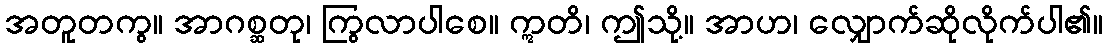
အတူတကွ။ အာဂစ္ဆတု၊ ကြွလာပါစေ။ ဣတိ၊ ဤသို့။ အာဟ၊ လျှောက်ဆိုလိုက်ပါ၏။